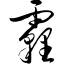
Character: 霾